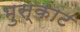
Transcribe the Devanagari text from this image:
भुस्काट